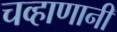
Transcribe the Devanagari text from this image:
चव्हाणानी